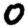
Digit: 0